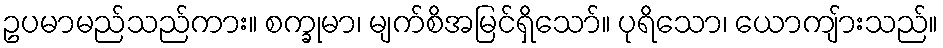
ဥပမာမည်သည်ကား။ စက္ခုမာ၊ မျက်စိအမြင်ရှိသော်။ ပုရိသော၊ ယောကျ်ားသည်။